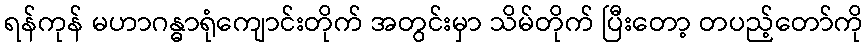
ရန်ကုန် မဟာဂန္ဓာရုံကျောင်းတိုက် အတွင်းမှာ သိမ်တိုက် ပြီးတော့ တပည့်တော်ကို